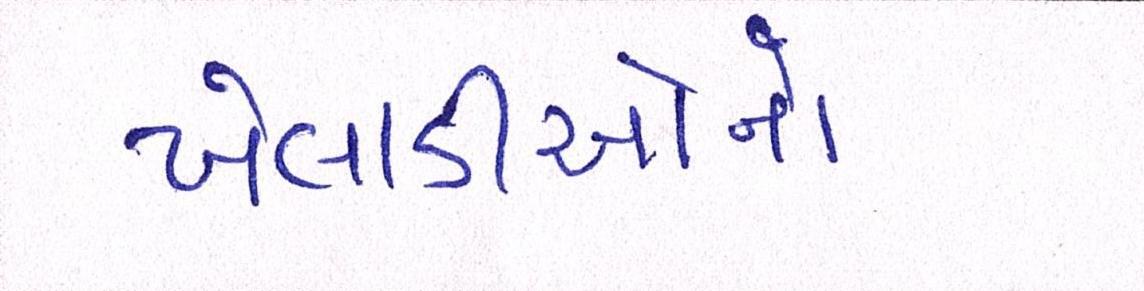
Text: ખેલાડીઓનો